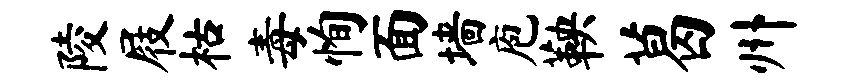
陵屐枯毒恂面墙庖鞅葛州